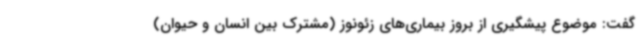
گفت: موضوع پیشگیری از بروز بیماری‌های زئونوز (مشترک بین انسان و حیوان)